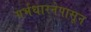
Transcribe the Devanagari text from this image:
गर्भधारनेपासून